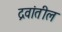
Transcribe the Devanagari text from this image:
द्रवांतील